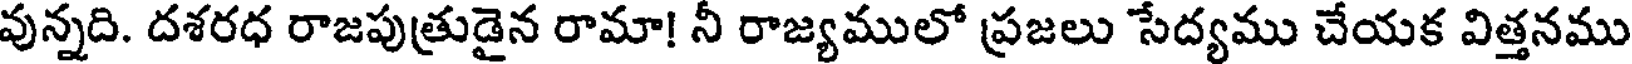
వున్నది. దశరధ రాజపుత్రుడైన రామా! నీ రాజ్యములో ప్రజలు సేద్యము చేయక విత్తనము